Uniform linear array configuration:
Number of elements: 12
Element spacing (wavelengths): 0.5
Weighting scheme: hann
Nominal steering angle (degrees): -60
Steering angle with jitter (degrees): -61.287
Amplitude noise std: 0.05
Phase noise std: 0.05

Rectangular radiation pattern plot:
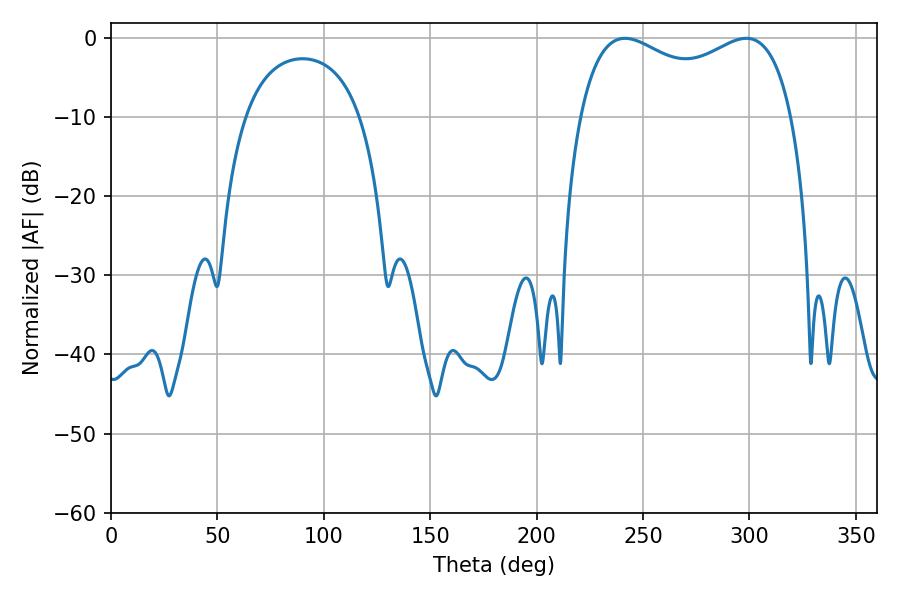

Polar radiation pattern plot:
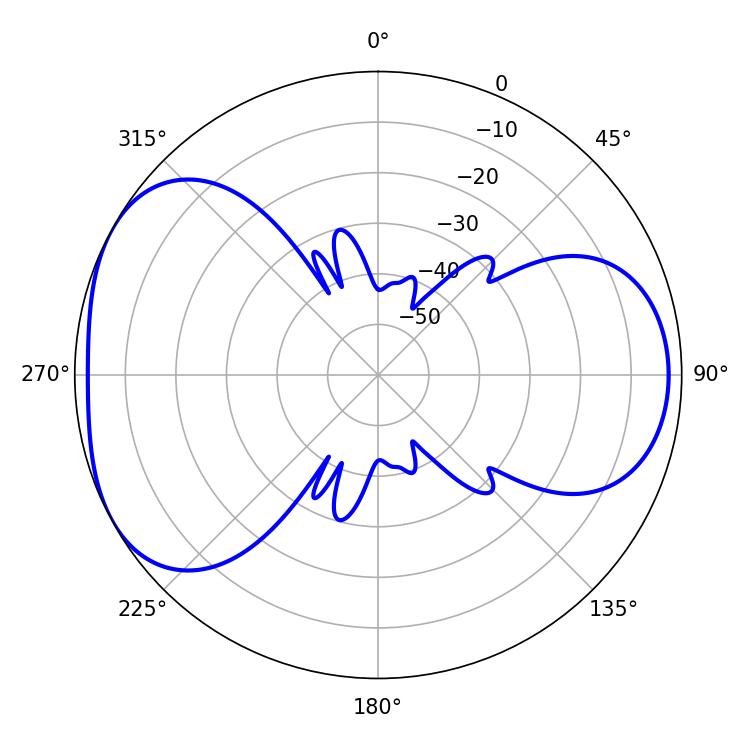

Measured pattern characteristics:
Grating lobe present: FALSE
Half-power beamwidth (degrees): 82.8
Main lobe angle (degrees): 241.56